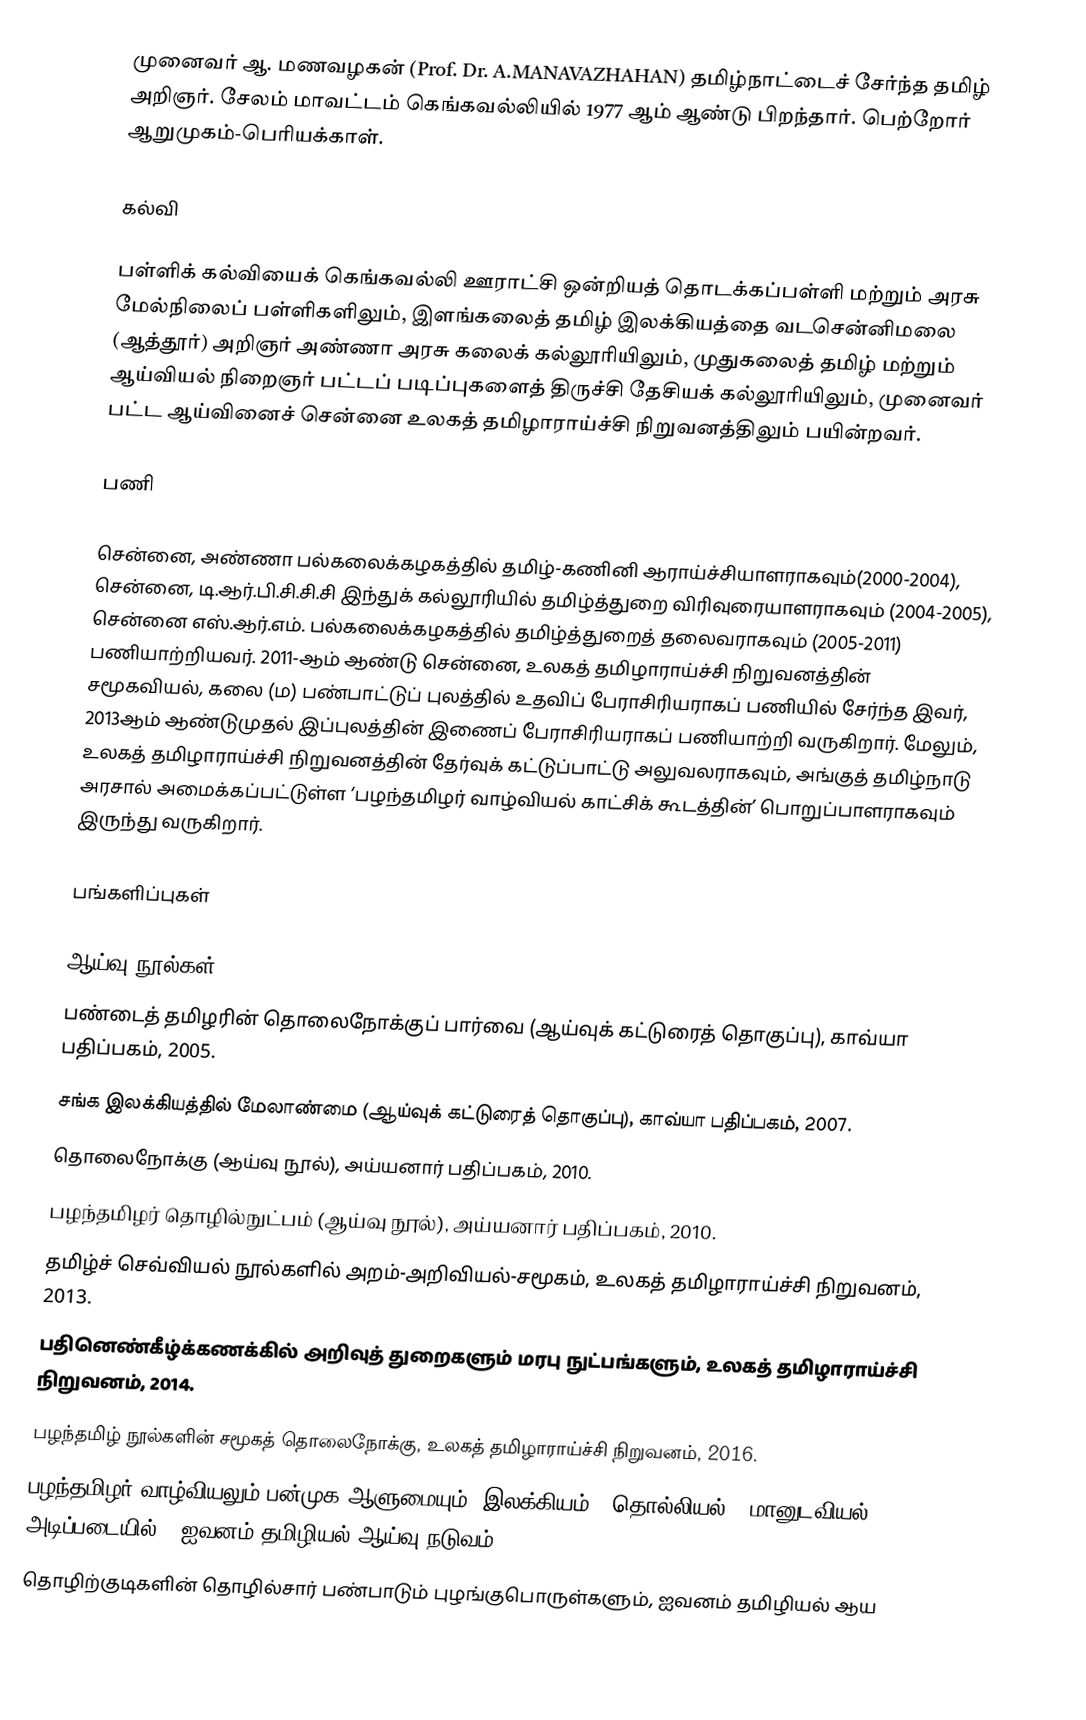
முனைவர் ஆ. மணவழகன்  (Prof. Dr. A.MANAVAZHAHAN)  தமிழ்நாட்டைச் சேர்ந்த தமிழ் அறிஞர். சேலம் மாவட்டம் கெங்கவல்லியில் 1977 ஆம் ஆண்டு பிறந்தார். பெற்றோர் ஆறுமுகம்-பெரியக்காள்.

கல்வி

பள்ளிக் கல்வியைக் கெங்கவல்லி ஊராட்சி ஒன்றியத் தொடக்கப்பள்ளி மற்றும் அரசு மேல்நிலைப் பள்ளிகளிலும், இளங்கலைத் தமிழ் இலக்கியத்தை  வடசென்னிமலை (ஆத்தூர்) அறிஞர் அண்ணா அரசு கலைக் கல்லூரியிலும், முதுகலைத் தமிழ் மற்றும் ஆய்வியல் நிறைஞர் பட்டப் படிப்புகளைத் திருச்சி தேசியக் கல்லூரியிலும், முனைவர் பட்ட ஆய்வினைச்  சென்னை உலகத் தமிழாராய்ச்சி நிறுவனத்திலும் பயின்றவர்.

பணி

சென்னை, அண்ணா பல்கலைக்கழகத்தில் தமிழ்-கணினி ஆராய்ச்சியாளராகவும்(2000-2004), சென்னை, டி.ஆர்.பி.சி.சி.சி இந்துக் கல்லூரியில் தமிழ்த்துறை விரிவுரையாளராகவும் (2004-2005), சென்னை எஸ்.ஆர்.எம். பல்கலைக்கழகத்தில் தமிழ்த்துறைத் தலைவராகவும் (2005-2011) பணியாற்றியவர். 2011-ஆம் ஆண்டு சென்னை, உலகத் தமிழாராய்ச்சி நிறுவனத்தின் சமூகவியல், கலை (ம) பண்பாட்டுப் புலத்தில் உதவிப் பேராசிரியராகப் பணியில் சேர்ந்த இவர், 2013ஆம் ஆண்டுமுதல் இப்புலத்தின் இணைப் பேராசிரியராகப் பணியாற்றி வருகிறார். மேலும், உலகத் தமிழாராய்ச்சி நிறுவனத்தின் தேர்வுக் கட்டுப்பாட்டு அலுவலராகவும், அங்குத் தமிழ்நாடு அரசால் அமைக்கப்பட்டுள்ள ‘பழந்தமிழர் வாழ்வியல் காட்சிக் கூடத்தின்’ பொறுப்பாளராகவும்  இருந்து வருகிறார்.

பங்களிப்புகள்

ஆய்வு நூல்கள்
 பண்டைத் தமிழரின் தொலைநோக்குப் பார்வை (ஆய்வுக் கட்டுரைத் தொகுப்பு), காவ்யா பதிப்பகம், 2005.
 சங்க இலக்கியத்தில் மேலாண்மை (ஆய்வுக் கட்டுரைத் தொகுப்பு), காவ்யா பதிப்பகம், 2007.
 தொலைநோக்கு (ஆய்வு நூல்), அய்யனார் பதிப்பகம், 2010.
 பழந்தமிழர் தொழில்நுட்பம் (ஆய்வு நூல்), அய்யனார் பதிப்பகம், 2010.
 தமிழ்ச் செவ்வியல் நூல்களில் அறம்-அறிவியல்-சமூகம், உலகத் தமிழாராய்ச்சி நிறுவனம், 2013.
 பதினெண்கீழ்க்கணக்கில் அறிவுத் துறைகளும் மரபு நுட்பங்களும், உலகத் தமிழாராய்ச்சி நிறுவனம், 2014.
 பழந்தமிழ் நூல்களின் சமூகத் தொலைநோக்கு, உலகத் தமிழாராய்ச்சி நிறுவனம், 2016.
பழந்தமிழர் வாழ்வியலும் பன்முக ஆளுமையும் (இலக்கியம் – தொல்லியல் – மானுடவியல் அடிப்படையில்), ஐவனம் தமிழியல் ஆய்வு நடுவம், 2020.
தொழிற்குடிகளின் தொழில்சார் பண்பாடும் புழங்குபொருள்களும், ஐவனம் தமிழியல் ஆய